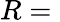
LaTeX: R={}